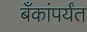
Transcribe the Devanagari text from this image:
बँकांपर्यंत